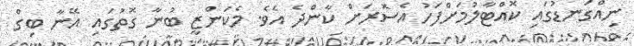
ނިއްގަނޑުގައި ކޮއްޓާލުމަށްފަހު އެސޮރަށް ކާންދެ އެވެ. މެކަންޒީ ބުނާ ގޮތުގައި އޭނާ ބިގް